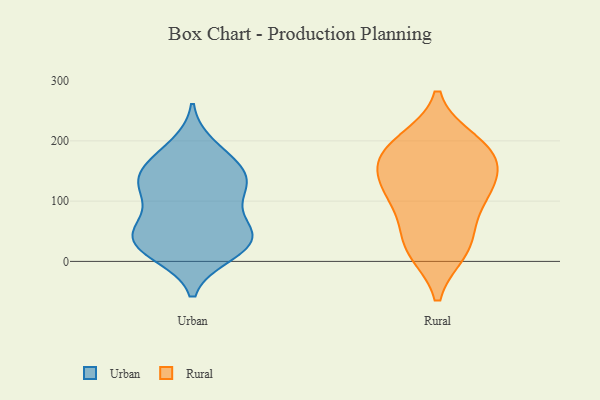
{"axis": {"x": "Revenue (USD Million)", "y": "Value"}, "legend": ["Rural", "Urban"], "data": [{"x": "", "y": 43, "type": "Urban"}, {"x": "", "y": 137, "type": "Urban"}, {"x": "", "y": 122, "type": "Urban"}, {"x": "", "y": 108, "type": "Urban"}, {"x": "", "y": 48, "type": "Urban"}, {"x": "", "y": 159, "type": "Urban"}, {"x": "", "y": 42, "type": "Urban"}, {"x": "", "y": 119, "type": "Urban"}, {"x": "", "y": 191, "type": "Urban"}, {"x": "", "y": 12, "type": "Urban"}, {"x": "", "y": 71, "type": "Urban"}, {"x": "", "y": 133, "type": "Urban"}, {"x": "", "y": 16, "type": "Urban"}, {"x": "", "y": 37, "type": "Urban"}, {"x": "", "y": 147, "type": "Urban"}, {"x": "", "y": 18, "type": "Urban"}, {"x": "", "y": 174, "type": "Urban"}, {"x": "", "y": 50, "type": "Urban"}, {"x": "", "y": 23, "type": "Rural"}, {"x": "", "y": 132, "type": "Rural"}, {"x": "", "y": 176, "type": "Rural"}, {"x": "", "y": 198, "type": "Rural"}, {"x": "", "y": 153, "type": "Rural"}, {"x": "", "y": 185, "type": "Rural"}, {"x": "", "y": 103, "type": "Rural"}, {"x": "", "y": 183, "type": "Rural"}, {"x": "", "y": 35, "type": "Rural"}, {"x": "", "y": 121, "type": "Rural"}, {"x": "", "y": 94, "type": "Rural"}, {"x": "", "y": 19, "type": "Rural"}]}